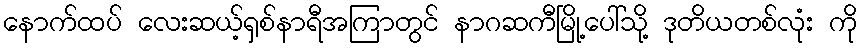
နောက်ထပ် လေးဆယ့်ရှစ်နာရီအကြာတွင် နာဂဆကီမြို့ပေါ်သို့ ဒုတိယတစ်လုံး ကို